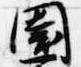
園